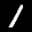
Label: 1